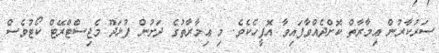
ސަރުކާރުން ޢިމާރާތް ކޮށްދެއްވާފައިވާ އޮފީހެކެވެ. މި ޢިމާރާތުގެ ދަށުން ފުޅަދޫ މެޖިސްޓްރޭޓް ކޯޓުވެސް